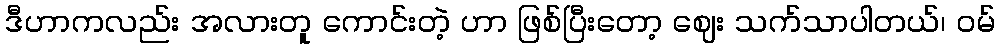
ဒီဟာကလည်း အလားတူ ကောင်းတဲ့ ဟာ ဖြစ်ပြီးတော့ ဈေး သက်သာပါတယ်၊ ဝမ်